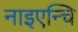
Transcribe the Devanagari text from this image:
नाइएन्चि